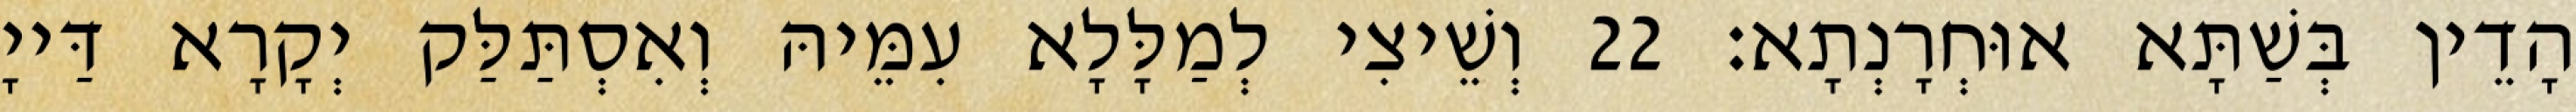
הָדֵין בְּשַׁתָּא אוּחְרָנְתָא׃ 22 וְשֵׁיצִי לְמַלָּלָא עִמֵּיהּ וְאִסְתַּלַּק יְקָרָא דַּייָ